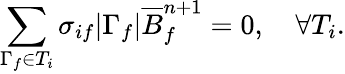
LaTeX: \sum_{\Gamma_{f}\in T_{i}}\sigma_{if}\lvert\Gamma_{f}\rvert\overline{{B}}_{f}^{n+1}=0,\quad\forall T_{i}.